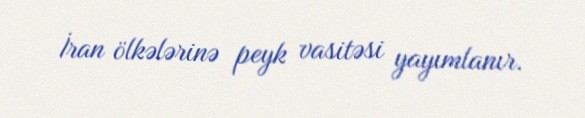
İran ölkələrinə peyk vasitəsi yayımlanır.